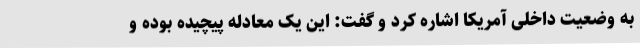
به وضعیت داخلی آمریکا اشاره کرد و گفت: این یک معادله پیچیده بوده و